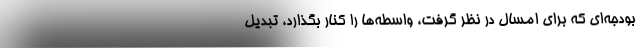
بودجه‌ای که برای امسال در نظر گرفت، واسطه‌ها را کنار بگذارد، تبدیل